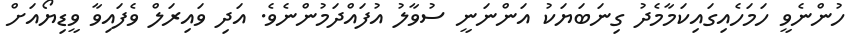
ހުންނެވީ ހަމަހެއިގައިކަމާމެދު ގިނަބަޔަކު އަންނަނީ ސުވާލު އުފައްދަމުންނެވެ. އަދި ވައިރަލް ވެފައިވާ ވީޑިޔޯއަށް